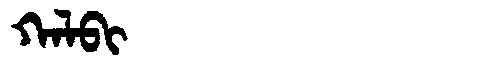
Manchu: ᡴᠠᠯᠪᡳ
Romanization: KALBI